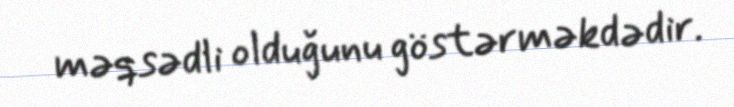
məqsədli olduğunu göstərməkdədir.